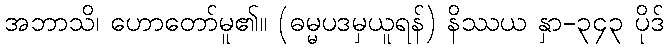
အဘာသိ၊ ဟောတော်မူ၏။ (ဓမ္မပဒမှယူရန်) နိဿယ နှာ-၃၄၃ ပိုဒ်